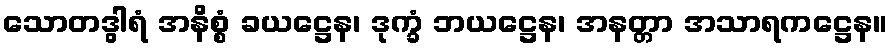
သောတဒွါရံ အနိစ္စံ ခယဋ္ဌေန၊ ဒုက္ခံ ဘယဋ္ဌေန၊ အနတ္တာ အသာရကဋ္ဌေန။